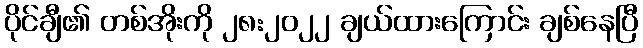
ပိုင်ချီ၏ တစ်အိုးကို ၂၈:၂၀၂၂ ချယ်ထားကြောင်း ချစ်နေပြီ